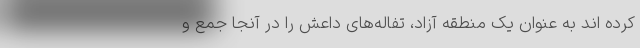
کرده اند به عنوان یک منطقه آزاد، تفاله‌های داعش را در آنجا جمع و